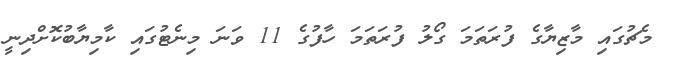
މެޗުގައި މާޒިޔާގެ ފުރަތަމަ ގޯލު ފުރަތަމަ ހާފުގެ 11 ވަނަ މިނެޓުގައި ކާމިޔާބުކޮށްދިނީ